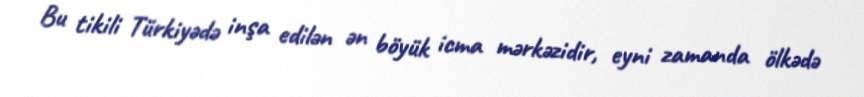
Bu tikili Türkiyədə inşa edilən ən böyük icma mərkəzidir, eyni zamanda ölkədə